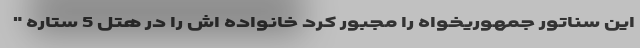
این سناتور جمهوریخواه را مجبور کرد خانواده اش را در هتل 5 ستاره "